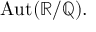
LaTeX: \operatorname { A u t } ( \mathbb { R } / \mathbb { Q } ) .